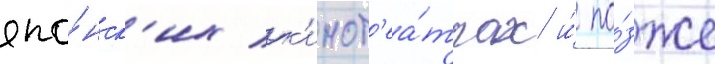
япо́нск'их к'инот'еа́трах и́ по́зже